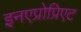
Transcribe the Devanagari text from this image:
इनएप्रोप्रिएट